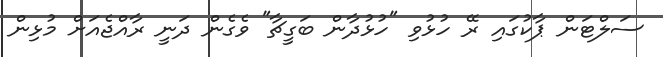
ސަލްޓަން ޕާކުގައި ރޭ ހުޅުވި "ހުޅުދާން ބަގީޗާ" ވެގެން ދަނީ ރާއްޖެއަށް މުޅިން